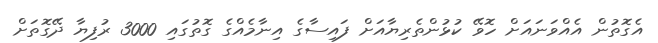
އެގޮތުން އެއްވަނައަށް ހޮވޭ ކުޅުންތެރިޔާއަށް ފައިސާގެ އިނާމެއްގެ ގޮތުގައި 3000 ރުފިޔާ ދޭގޮތަށް